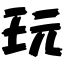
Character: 玩